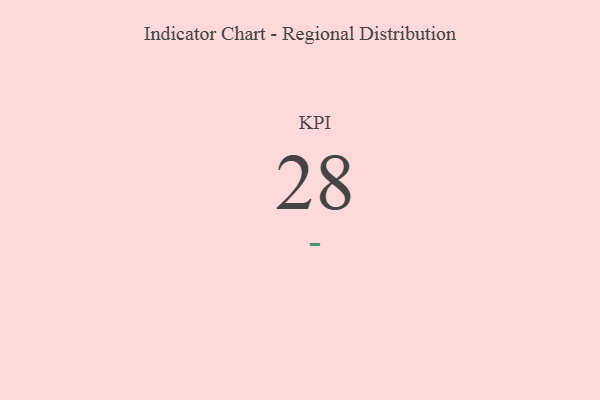
{"axis": {"x": "KPI", "y": "Value"}, "legend": [""], "data": [{"x": "KPI", "y": 28, "type": ""}]}